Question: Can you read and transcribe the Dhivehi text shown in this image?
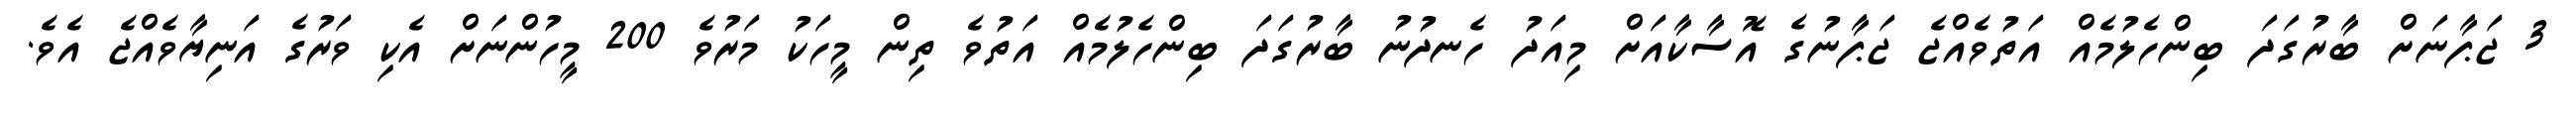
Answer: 3 ޖަޕާނަށް ބާރުގަދަ ބިންހެލުމެއް އަތުވެއްޖެ ޖަޕާނުގެ އޮސާކާއަށް މިއަދު ހެނދުނު ބާރުގަދަ ބިންހެލުމެއް އަތުވެ ތިން މީހަކު މަރުވެ 200 މީހުންނަށް އެކި ވަރުގެ އަނިޔާވެއްޖެ އެވެ.